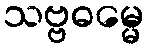
သဗ္ဗဓမ္မေ